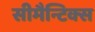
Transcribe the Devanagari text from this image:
सीमैन्टिक्स